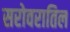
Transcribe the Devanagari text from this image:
सरोवरातिल